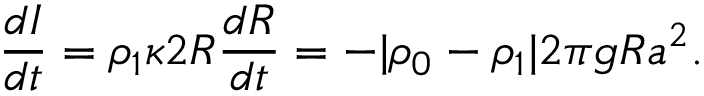
\frac { d I } { d t } = \rho _ { 1 } \kappa 2 R \frac { d R } { d t } = - | \rho _ { 0 } - \rho _ { 1 } | 2 \pi g R a ^ { 2 } .